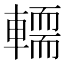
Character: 𨎪